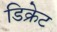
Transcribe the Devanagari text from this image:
डिक्रेट